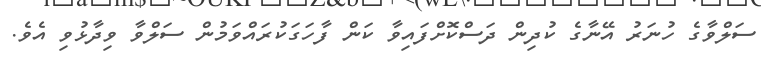
ސަލްވާގެ ހުނަރު އޭނާގެ ކުދިން ދަސްކޮށްފައިވާ ކަން ފާހަގަކުރައްވަމުން ސަލްވާ ވިދާޅުވި އެވެ.